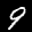
Label: 9